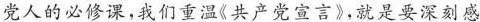
党人的必修课，我们重温《共产党宣言》，就是要深刻感